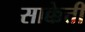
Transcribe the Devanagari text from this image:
साक्केत्ती